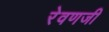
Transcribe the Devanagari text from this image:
रेवणजी